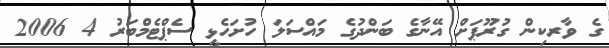
ގެ ވާރކިން ގުރޫޕަށް އޭނާގެ ބަންދުގެ މައްސަލަ ހުށަހެޅީ ސެޕްޓެމްބަރު 4 2006